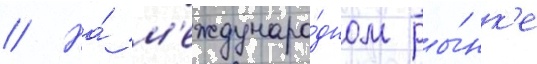
// На́ м'еждунаро́дном ры́нк'е